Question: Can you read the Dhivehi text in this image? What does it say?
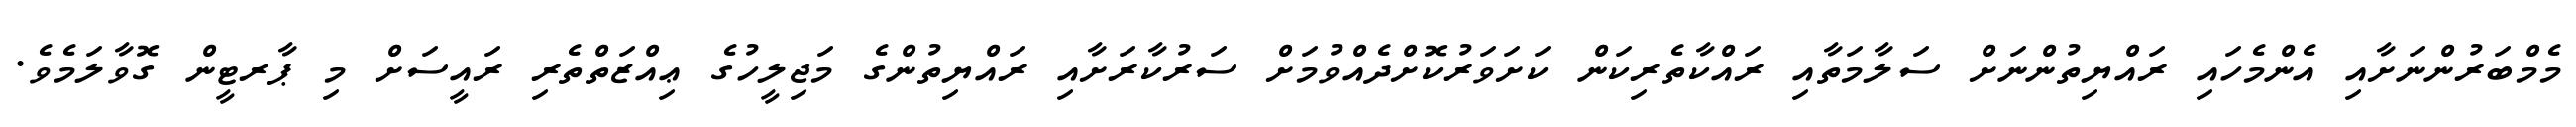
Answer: މެމްބަރުންނަށާއި އެންމެހައި ރައްޔިތުންނަށް ސަލާމަތާއި ރައްކާތެރިކަން ކަށަވަރުކޮށްދެއްވުމަށް ސަރުކާރަށާއި ރައްޔިތުންގެ މަޖިލީހުގެ ޢިއްޒަތްތެރި ރައީސަށް މި ޕާރޓީން ގޮވާލަމެވެ.